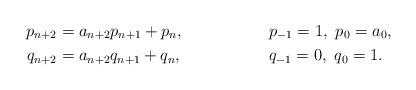
LaTeX: \begin{align*}p_{n+2} &= a_{n+2} p_{n+1} + p_n,&& p_{-1} = 1,\ p_0 = a_0, \\q_{n+2} &= a_{n+2} q_{n+1} + q_n,&& q_{-1} = 0,\ q_0 = 1. \end{align*}